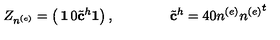
Z _ { n ^ { ( e ) } } = \left( \begin{matrix} { { \bf 1 } } & { 0 } \\ { { { \tilde { \bf c } } ^ { h } } } & { { \bf 1 } } \\ \end{matrix} \right) , \qquad \qquad { \tilde { \bf c } } ^ { h } = 4 0 n ^ { ( e ) } { n ^ { ( e ) } } ^ { t }